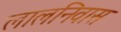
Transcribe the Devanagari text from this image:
लालनिवास